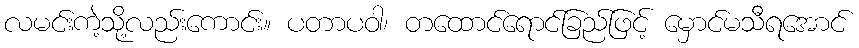
လမင်းကဲ့သို့လည်းကောင်း။ ပတာပဝါ၊ တထောင်ရောင်ခြည်ဖြင့် မှောင်မသီရအောင်